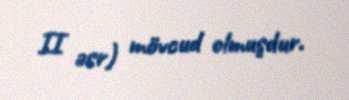
II əsr) mövcud olmuşdur.